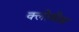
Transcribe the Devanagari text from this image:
क्लोवीस